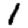
Digit: 1